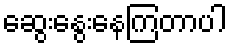
ဆွေးနွေးနေကြတာပါ